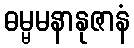
ဓမ္မမနာနုဇာနံ